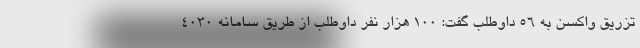
تزریق واکسن به ۵۶ داوطلب گفت: ۱۰۰ هزار نفر داوطلب از طریق سامانه ۴۰۳۰